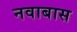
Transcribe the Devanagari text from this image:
नवाबास